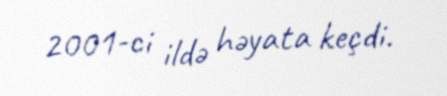
2001-ci ildə həyata keçdi.